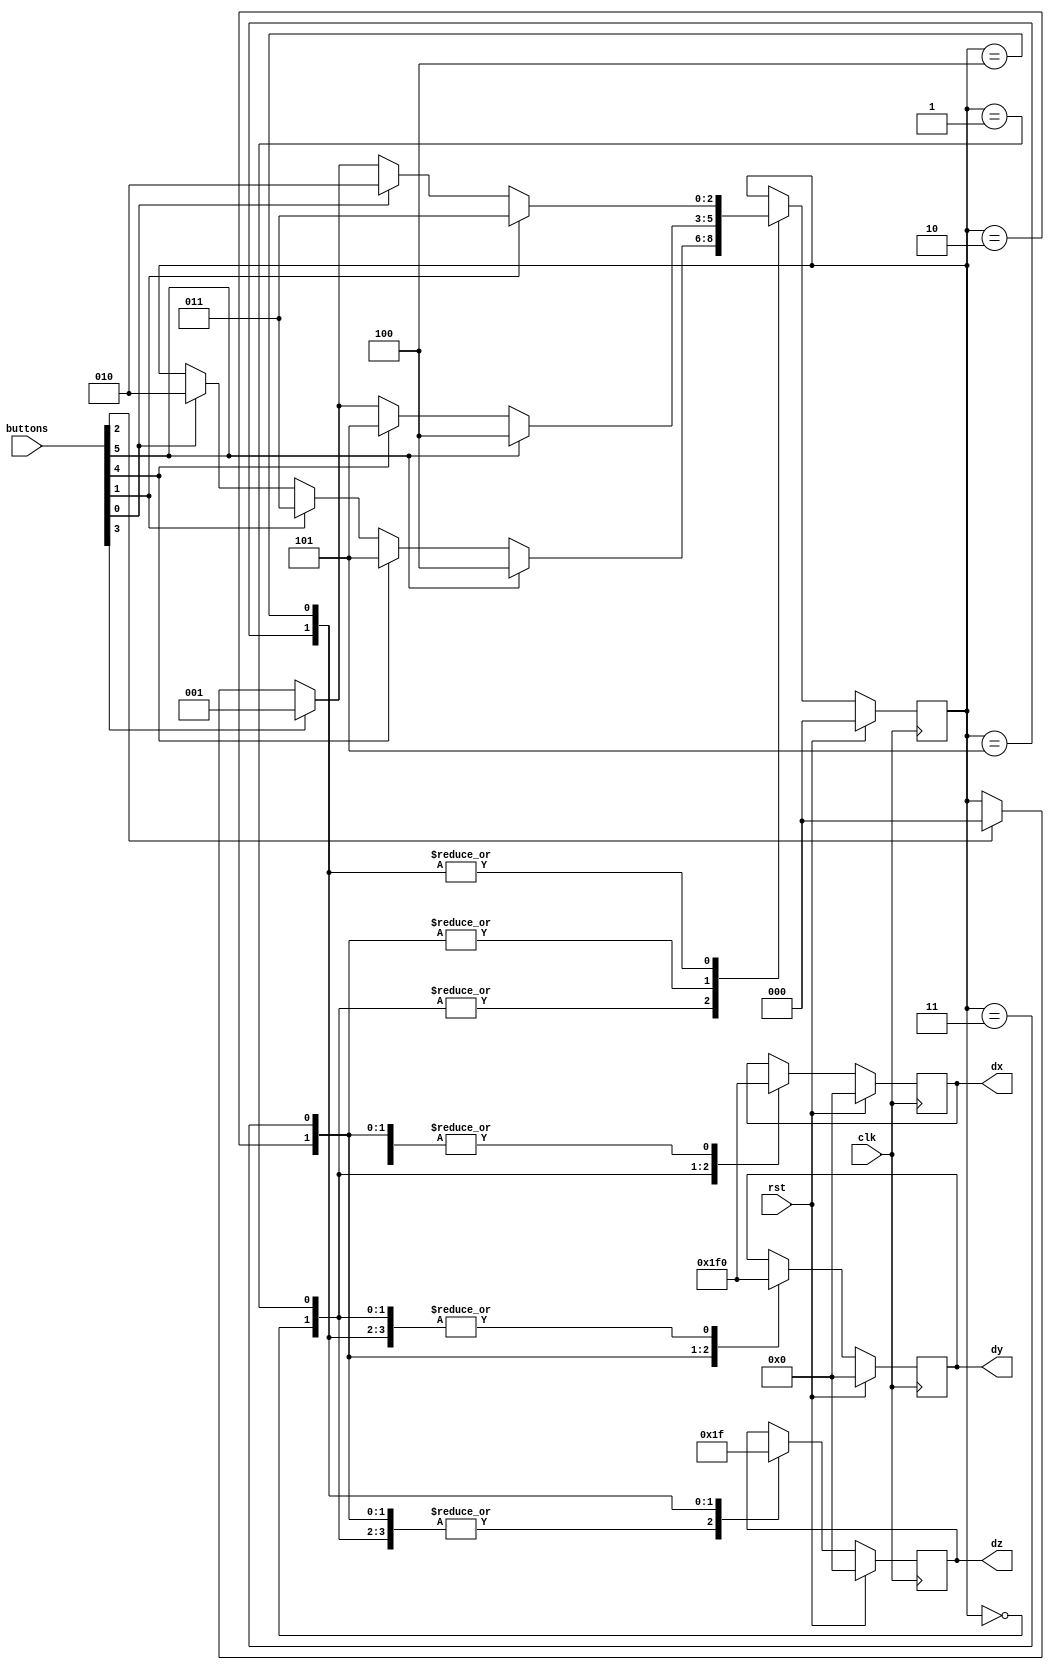
/*
   This file was generated automatically by the Mojo IDE version B1.3.6.
   Do not edit this file directly. Instead edit the original Lucid source.
   This is a temporary file and any changes made to it will be destroyed.
*/

module controls_7 (
    input clk,
    input rst,
    input [5:0] buttons,
    output reg [3:0] dx,
    output reg [3:0] dy,
    output reg [3:0] dz
  );
  
  
  
  localparam X_POS_direction = 3'd0;
  localparam X_NEG_direction = 3'd1;
  localparam Y_POS_direction = 3'd2;
  localparam Y_NEG_direction = 3'd3;
  localparam Z_NEG_direction = 3'd4;
  localparam Z_POS_direction = 3'd5;
  
  reg [2:0] M_direction_d, M_direction_q = X_POS_direction;
  
  reg [3:0] M_x_d, M_x_q = 1'h0;
  reg [3:0] M_y_d, M_y_q = 1'h0;
  reg [3:0] M_z_d, M_z_q = 1'h0;
  
  reg x_pos;
  
  reg x_neg;
  
  reg y_pos;
  
  reg y_neg;
  
  reg z_pos;
  
  reg z_neg;
  
  always @* begin
    M_direction_d = M_direction_q;
    M_x_d = M_x_q;
    M_y_d = M_y_q;
    M_z_d = M_z_q;
    
    x_pos = buttons[2+0-:1];
    x_neg = buttons[3+0-:1];
    y_pos = buttons[0+0-:1];
    y_neg = buttons[1+0-:1];
    z_pos = buttons[4+0-:1];
    z_neg = buttons[5+0-:1];
    
    case (M_direction_q)
      X_POS_direction: begin
        M_x_d = 1'h1;
        M_y_d = 1'h0;
        M_z_d = 1'h0;
        if (y_pos) begin
          M_direction_d = Y_POS_direction;
        end
        if (y_neg) begin
          M_direction_d = Y_NEG_direction;
        end
        if (z_pos) begin
          M_direction_d = Z_POS_direction;
        end
        if (z_neg) begin
          M_direction_d = Z_NEG_direction;
        end
      end
      X_NEG_direction: begin
        M_x_d = 4'hf;
        M_y_d = 1'h0;
        M_z_d = 1'h0;
        if (y_pos) begin
          M_direction_d = Y_POS_direction;
        end
        if (y_neg) begin
          M_direction_d = Y_NEG_direction;
        end
        if (z_pos) begin
          M_direction_d = Z_POS_direction;
        end
        if (z_neg) begin
          M_direction_d = Z_NEG_direction;
        end
      end
      Y_POS_direction: begin
        M_x_d = 1'h0;
        M_y_d = 1'h1;
        M_z_d = 1'h0;
        if (x_pos) begin
          M_direction_d = X_POS_direction;
        end
        if (x_neg) begin
          M_direction_d = X_NEG_direction;
        end
        if (z_pos) begin
          M_direction_d = Z_POS_direction;
        end
        if (z_neg) begin
          M_direction_d = Z_NEG_direction;
        end
      end
      Y_NEG_direction: begin
        M_x_d = 1'h0;
        M_y_d = 4'hf;
        M_z_d = 1'h0;
        if (x_pos) begin
          M_direction_d = X_POS_direction;
        end
        if (x_neg) begin
          M_direction_d = X_NEG_direction;
        end
        if (z_pos) begin
          M_direction_d = Z_POS_direction;
        end
        if (z_neg) begin
          M_direction_d = Z_NEG_direction;
        end
      end
      Z_POS_direction: begin
        M_x_d = 1'h0;
        M_y_d = 1'h0;
        M_z_d = 1'h1;
        if (x_pos) begin
          M_direction_d = X_POS_direction;
        end
        if (x_neg) begin
          M_direction_d = X_NEG_direction;
        end
        if (y_pos) begin
          M_direction_d = Y_POS_direction;
        end
        if (y_neg) begin
          M_direction_d = Y_NEG_direction;
        end
      end
      Z_NEG_direction: begin
        M_x_d = 1'h0;
        M_y_d = 1'h0;
        M_z_d = 4'hf;
        if (x_pos) begin
          M_direction_d = X_POS_direction;
        end
        if (x_neg) begin
          M_direction_d = X_NEG_direction;
        end
        if (y_pos) begin
          M_direction_d = Y_POS_direction;
        end
        if (y_neg) begin
          M_direction_d = Y_NEG_direction;
        end
      end
    endcase
    dx = M_x_q;
    dy = M_y_q;
    dz = M_z_q;
  end
  
  always @(posedge clk) begin
    if (rst == 1'b1) begin
      M_direction_q <= 1'h0;
    end else begin
      M_direction_q <= M_direction_d;
    end
  end
  
  
  always @(posedge clk) begin
    if (rst == 1'b1) begin
      M_x_q <= 1'h0;
      M_y_q <= 1'h0;
      M_z_q <= 1'h0;
    end else begin
      M_x_q <= M_x_d;
      M_y_q <= M_y_d;
      M_z_q <= M_z_d;
    end
  end
  
endmodule